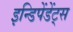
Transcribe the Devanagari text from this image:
इन्डिपेंडेंट्स